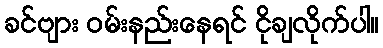
ခင်ဗျား ဝမ်းနည်းနေရင် ငိုချလိုက်ပါ။